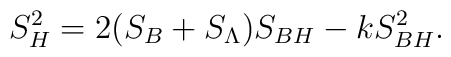
S^2_H=2(S_B+S_{\Lambda})S_{BH}-kS^2_{BH}.